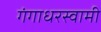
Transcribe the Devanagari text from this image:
गंगाधरस्वामी